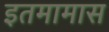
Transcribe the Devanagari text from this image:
इतमामास